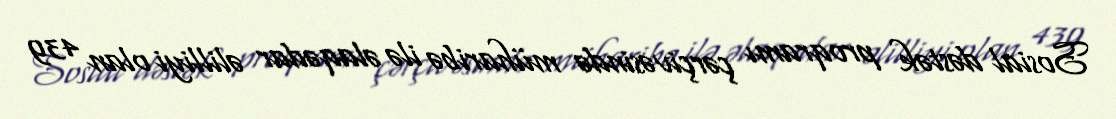
Sosial dəstək proqramı çərçivəsində müharibə ilə əlaqədar əlilliyi olan 439